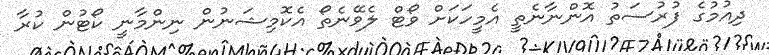
ދިއުމުގެ ފުރުސަތު އޮންނާނެތީ އެމީހަކަށް ވޯޓް ލެވޭނެތޯ އެކޮމިޝަނުން ނިންމާނީ ކޯޓުން ކުރާ